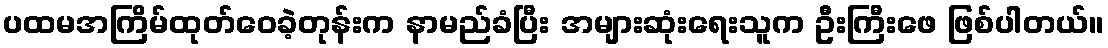
ပထမအကြိမ်ထုတ်ဝေခဲ့တုန်းက နာမည်ခံပြီး အများဆုံးရေးသူက ဦးကြီးဖေ ဖြစ်ပါတယ်။